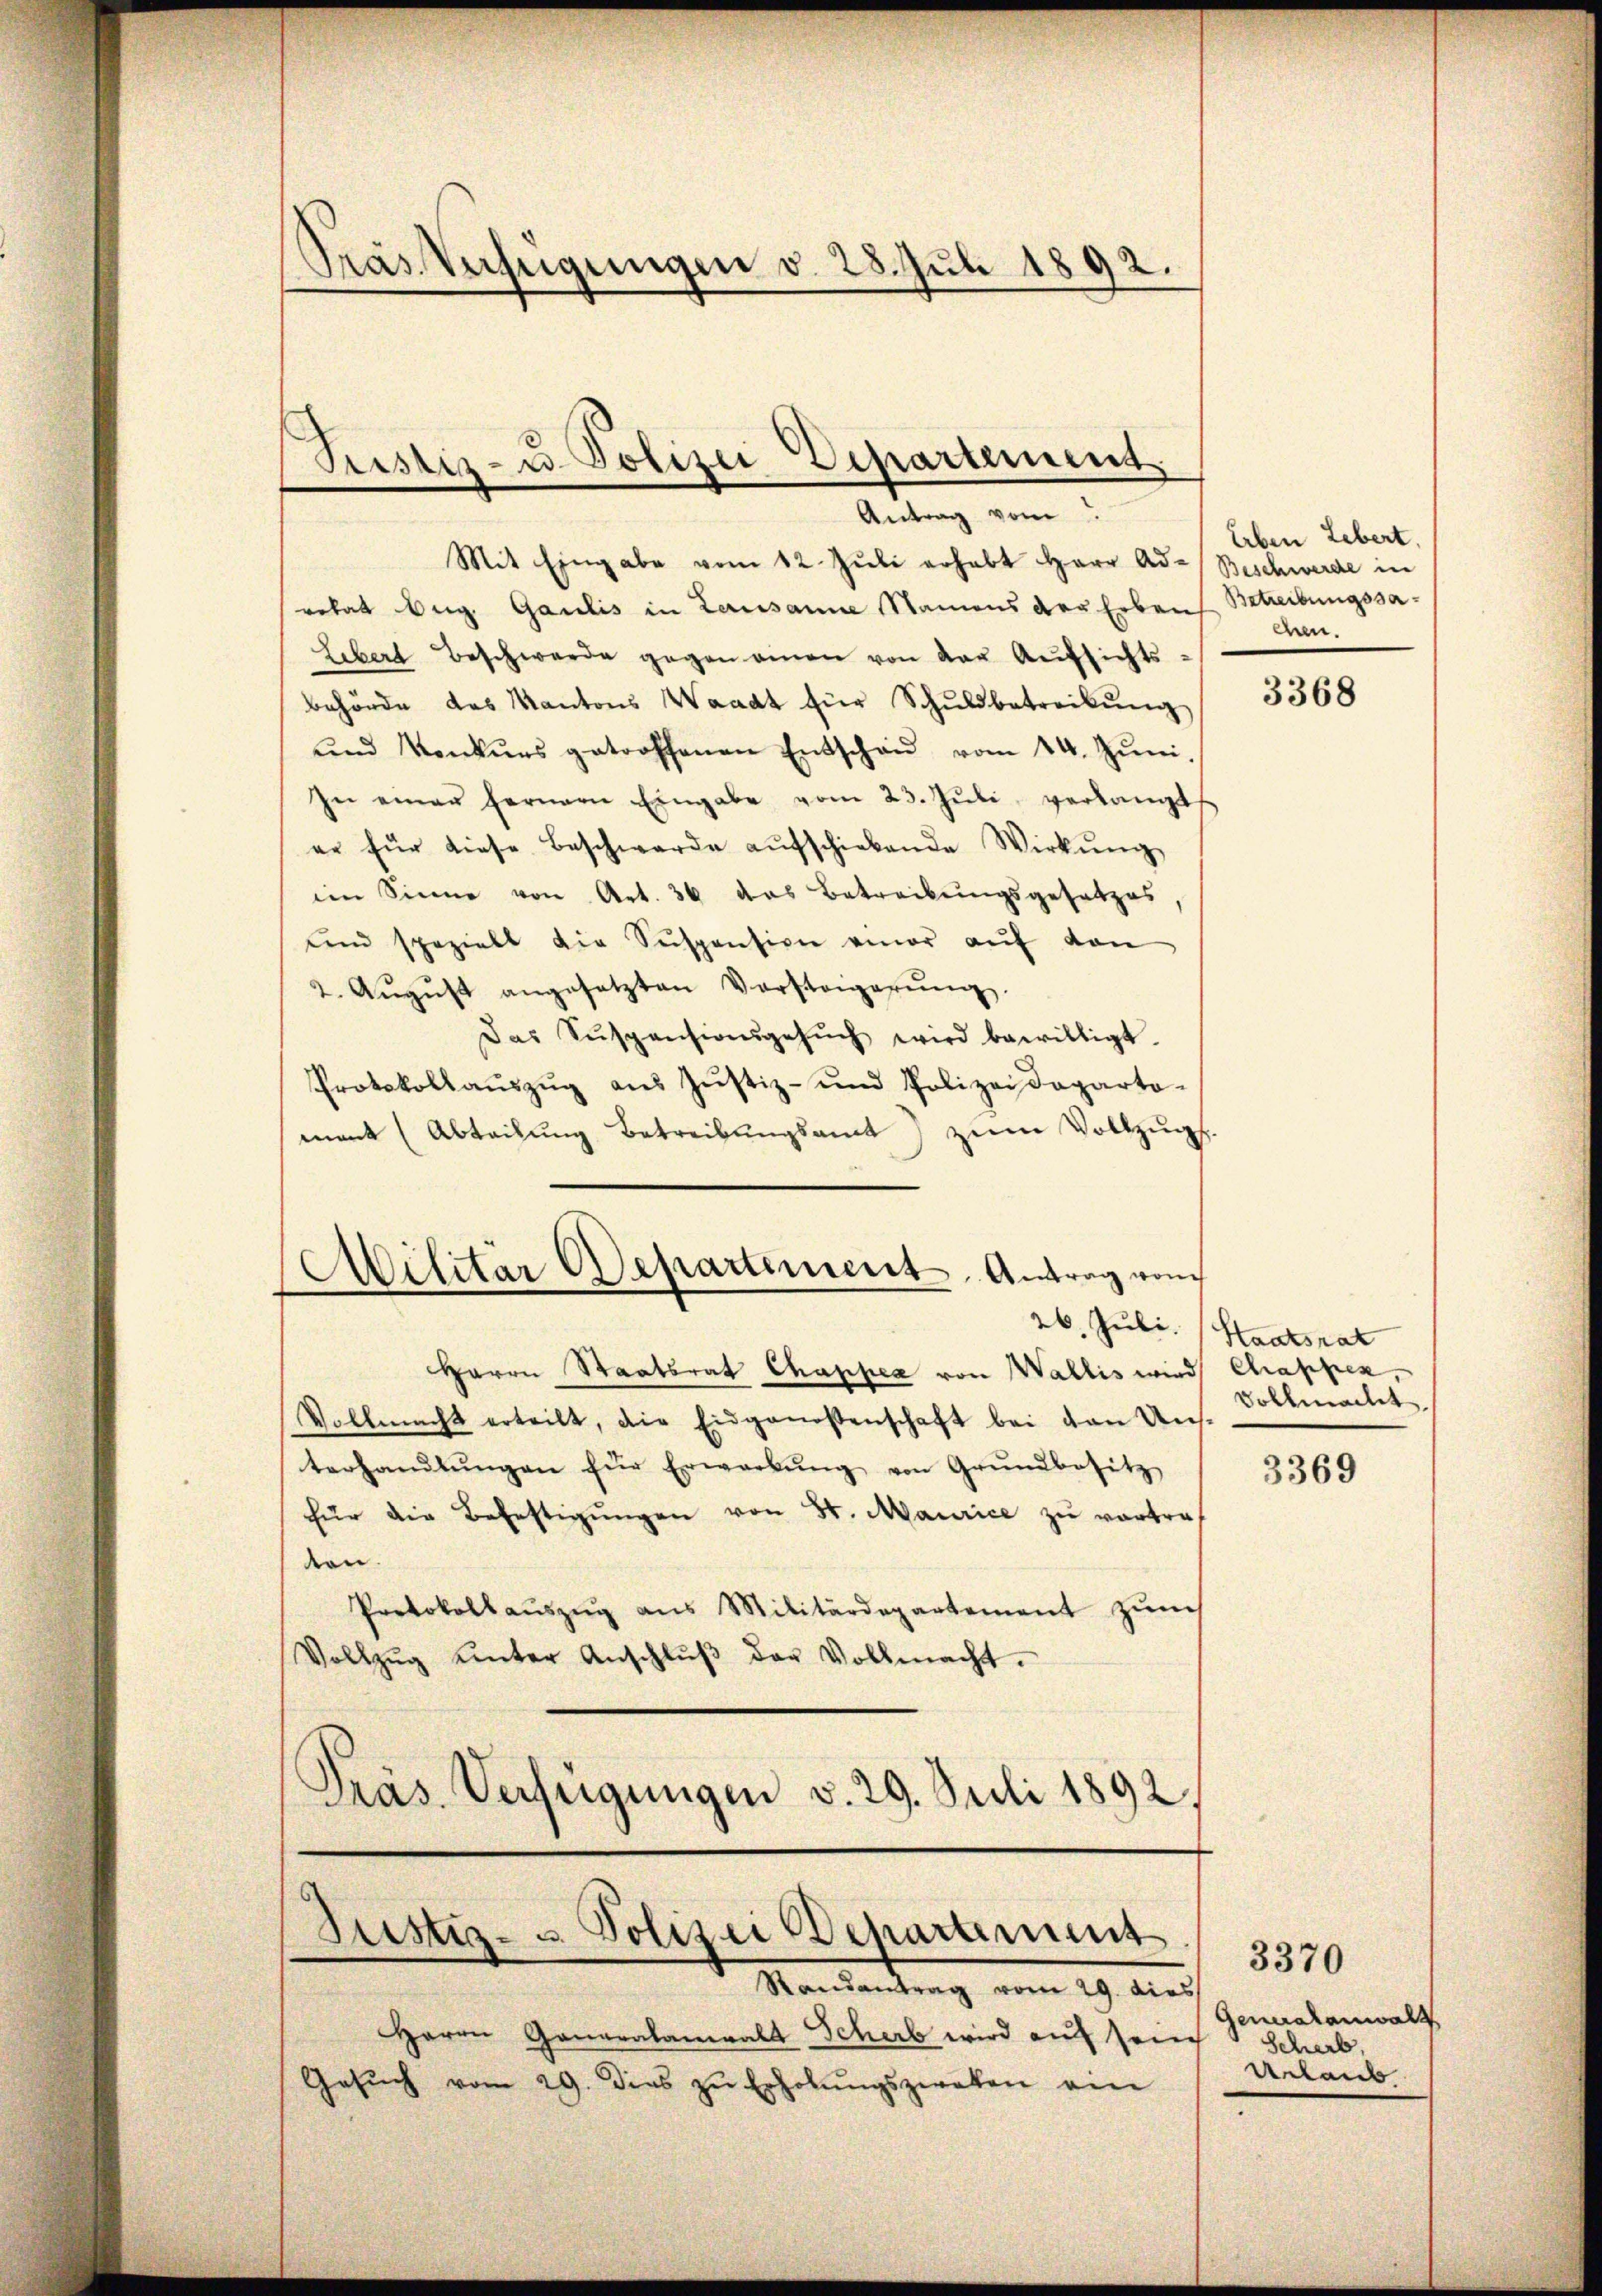
Pras Verfügungen v. 28. Juli 1892.

Pristiz- u. Polizei Departement
Antrag vom

Justiz- u. Polizei Departement
Randantrag vom 29. dies

Mit Eingabe vom 12. Juli erhabt Herr Ad-Beschwerde in
rokat Aug. Gaulis in Lausanne Namens der Erbaus Betreibungssa¬
Libert beschwerde gegen einen von der Aŭfsichts
behörde das Kantons Waadt für Schŭldbetreibŭng
ŭnd Konkŭrs getroffenen Entschaŭ vom 14. Jŭni.
In einer fernern Eingabe vom 23. Jŭli verlangt
er für diese Beschwerde aŭfschiebende Wirkŭng
im Sinne von Art. 36 das Betreibŭngsgesetzes
und spezielt die Suspension einer aŭf von
2. Aŭgŭst angesetzten Vorsteigerŭng.
das Suspensionsgesŭch wird bewilligt.
Protokollaŭszŭg aŭs Jŭstiz- und Polizeideparto-
mant (Abteilŭng betreibŭngsamt zŭm Vollzug.
Militar Departement. Antrag vom

Herrn Staatsrat Chappea von Wallis wird Chrappen,
Vollmacht erteilt, die Eidgenossenschaft bei den Uns-
terhandlŭngen für Erwarkŭng von Grŭndbesitz
für die Befestigŭngen von St. Maurice zu vertraten.
Protokollaŭszŭg aŭs Militärdepartement zŭm
Vollzŭg ŭnter Anschlŭβ der Vollmacht.
Präs. Verfügungen v. 29. Juli 1892.

Herrn Generalamals Scherb wird auf sein
Gesŭch vom 29. dies zŭ Erholŭngszweken ein

Erben Lebert.
ehen.

3368

26. Juli (Staatsrat
Vollmacht

3369

Genuatanwalt
Scherb
Urlaub

3370